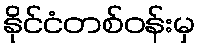
နိုင်ငံတစ်ဝန်းမှ